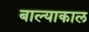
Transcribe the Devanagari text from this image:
बाल्याकाल